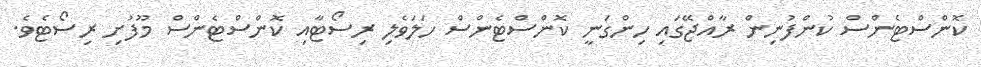
ކޮންސްޓެންސް ކުންފުނިން ރާއްޖޭގައި ހިންގަނީ ކޮންސްޓެންސް ހަލަވެލި ރިސޯޓާއި ކޮންސްޓެންސް މޫފުށި ރިސޯޓެވެ.